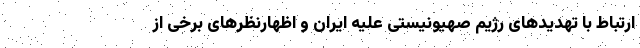
ارتباط با تهدیدهای رژیم صهیونیستی علیه ایران و اظهارنظرهای برخی از